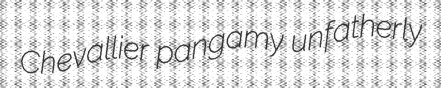
Chevallier pangamy unfatherly